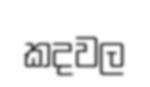
කදවල